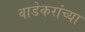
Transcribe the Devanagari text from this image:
वाडेकरांच्या